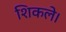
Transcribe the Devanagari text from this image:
शिकले।